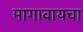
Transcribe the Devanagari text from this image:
मागावायचा